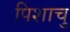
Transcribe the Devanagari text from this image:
पिशाचु